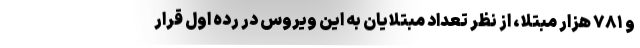
و ۷۸۱ هزار مبتلا، از نظر تعداد مبتلایان به این ویروس در رده اول قرار